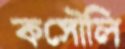
কসৌলি